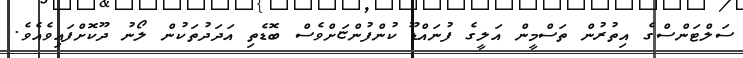
ސަލްޓަންސްގެ އިތުރުން ތަސްމީން އަލީގެ ފުނައްޑޫ ކުންފުންޏަށްވެސް ބޮޑެތި އަދަދުތަކުން ލޯނު ދޫކޮށްފައިވެއެވެ.